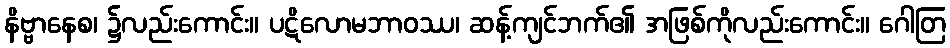
နိဗ္ဗာနေစ၊ ၌လည်းကောင်း။ ပဋိလောမဘာဝဿ၊ ဆန့်ကျင်ဘက်၏ အဖြစ်ကိုလည်းကောင်း။ ဂေါတြ